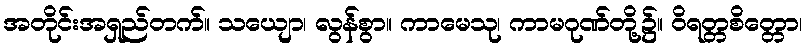
အတိုင်းအရှည်တက်။ သယျော၊ လွန်စွာ။ ကာမေသု၊ ကာမဂုဏ်တို့၌။ ဝိရတ္တစိတ္တော၊